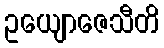
ဥယျောဇေသီတိ